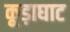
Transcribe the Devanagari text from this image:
कूड़ाघाट